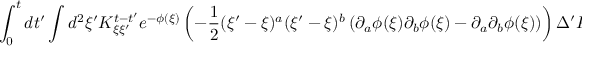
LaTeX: \int _ { 0 } ^ { t } d t ^ { \prime } \int d ^ { 2 } \xi ^ { \prime } K _ { \xi \xi ^ { \prime } } ^ { t - t ^ { \prime } } e ^ { - \phi ( \xi ) } \left( - \frac { 1 } { 2 } ( \xi ^ { \prime } - \xi ) ^ { a } ( \xi ^ { \prime } - \xi ) ^ { b } \left( \partial _ { a } \phi ( \xi ) \partial _ { b } \phi ( \xi ) - \partial _ { a } \partial _ { b } \phi ( \xi ) \right) \right) \Delta ^ { \prime } K _ { \xi ^ { \prime } \xi } ^ { t ^ { \prime } }